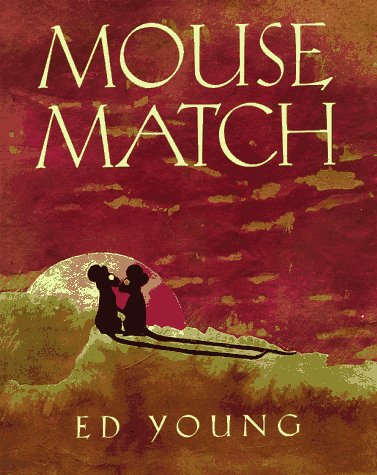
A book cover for Mouse Match: A Chinese Folktale; Ed Young; Children's Books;